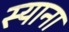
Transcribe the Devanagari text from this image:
स्‍याना